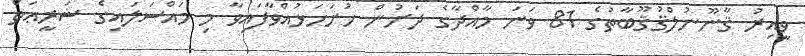
ވީއިރު ޤާނޫނުލްޤުޤޫބާތުގެ 81 ވަނަ މާއްދާގެ ދަށުން ހުށަހަޅުއްވާފައިވާ މި މައްސަލައިގެ ޝަރީޢަތް